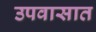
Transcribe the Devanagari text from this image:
उपवासात